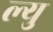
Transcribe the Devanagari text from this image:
ल्यु